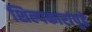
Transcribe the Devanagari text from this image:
शिल्पकारांपुढे